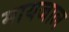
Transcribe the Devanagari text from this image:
मायजाल